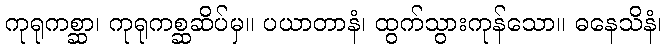
ကုရုကစ္ဆာ၊ ကုရုကစ္ဆဆိပ်မှ။ ပယာတာနံ၊ ထွက်သွားကုန်သော။ ဓနေသိနံ၊